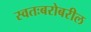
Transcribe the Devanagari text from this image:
स्वतःबरोबरील